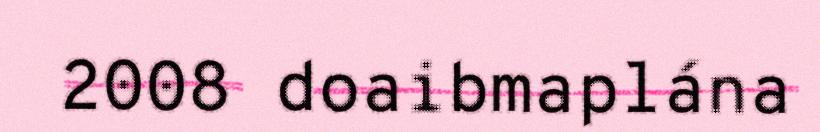
2008 doaibmaplána